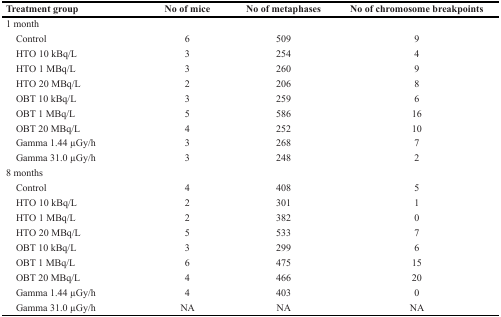
<table><thead><tr><td><b>Treatment group</b></td><td><b>No of mice</b></td><td><b>No of metaphases</b></td><td><b>No of chromosome breakpoints</b></td></tr></thead><tbody><tr><td colspan="4">1 month</td></tr><tr><td> Control</td><td>6</td><td>509</td><td>9</td></tr><tr><td> HTO 10 kBq/L</td><td>3</td><td>254</td><td>4</td></tr><tr><td> HTO 1 MBq/L</td><td>3</td><td>260</td><td>9</td></tr><tr><td> HTO 20 MBq/L</td><td>2</td><td>206</td><td>8</td></tr><tr><td> OBT 10 kBq/L</td><td>3</td><td>259</td><td>6</td></tr><tr><td> OBT 1 MBq/L</td><td>5</td><td>586</td><td>16</td></tr><tr><td> OBT 20 MBq/L</td><td>4</td><td>252</td><td>10</td></tr><tr><td> Gamma 1.44 μGy/h</td><td>3</td><td>268</td><td>7</td></tr><tr><td> Gamma 31.0 μGy/h</td><td>3</td><td>248</td><td>2</td></tr><tr><td colspan="4">8 months</td></tr><tr><td> Control</td><td>4</td><td>408</td><td>5</td></tr><tr><td> HTO 10 kBq/L</td><td>2</td><td>301</td><td>1</td></tr><tr><td> HTO 1 MBq/L</td><td>2</td><td>382</td><td>0</td></tr><tr><td> HTO 20 MBq/L</td><td>5</td><td>533</td><td>7</td></tr><tr><td> OBT 10 kBq/L</td><td>3</td><td>299</td><td>6</td></tr><tr><td> OBT 1 MBq/L</td><td>6</td><td>475</td><td>15</td></tr><tr><td> OBT 20 MBq/L</td><td>4</td><td>466</td><td>20</td></tr><tr><td> Gamma 1.44 μGy/h</td><td>4</td><td>403</td><td>0</td></tr><tr><td> Gamma 31.0 μGy/h</td><td>NA</td><td>NA</td><td>NA</td></tr></tbody></table>